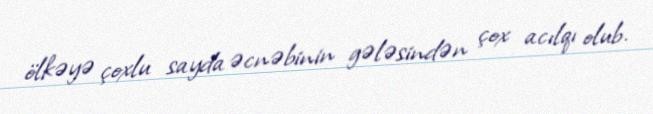
ölkəyə çoxlu sayda əcnəbinin gələsindən çox acılqı olub.